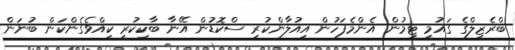
ބްރެޒިލްގެ ގައުމީ ޓީމުން އެންމެފަހުން އިއުލާންކުރި ސްކޮޑުން އޭނާ ބާކީކުރީ ކީއްވެގެންކަން ބުނަން